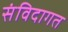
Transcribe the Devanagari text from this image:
संविदागत